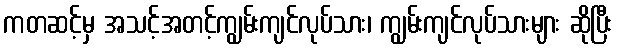
ကတဆင့်မှ အသင့်အတင့်ကျွမ်းကျင်လုပ်သား၊ ကျွမ်းကျင်လုပ်သားများ ဆိုပြီး